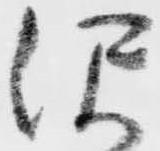
沢